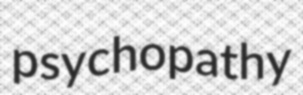
psychopathy